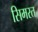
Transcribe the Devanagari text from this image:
सिमरत